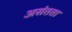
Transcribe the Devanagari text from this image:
असंतता